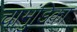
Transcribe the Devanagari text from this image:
चामुंडिका